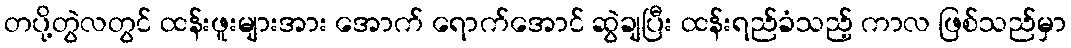
တပို့တွဲလတွင် ထန်းဖူးများအား အောက် ရောက်အောင် ဆွဲချပြီး ထန်းရည်ခံသည့် ကာလ ဖြစ်သည်မှာ